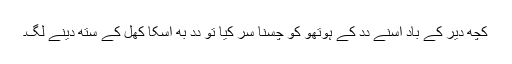
کُچھ دیر کے باد اُسنے دِدِ کے ہوتھو کو چُسنا سُرُ کِیا تو دِدِ بھِ اُسکا کھُل کے ستھ دینے لگِ۔